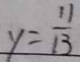
y = \frac { 1 1 } { 1 3 }